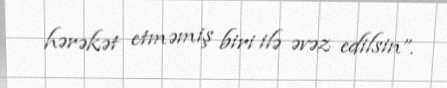
hərəkət etməmiş biri ilə əvəz edilsin”.